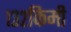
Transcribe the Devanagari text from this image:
१३२किमी